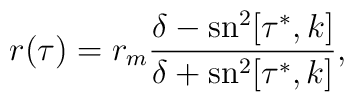
r(\tau)=r_m\frac{\delta-\mbox{sn}^2[\tau^*,k]}{\delta+\mbox{sn}^2[\tau^*,k]},